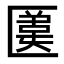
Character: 𠥛